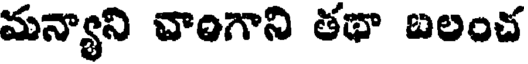
మన్యాని వాంగాని తథా బలంచ